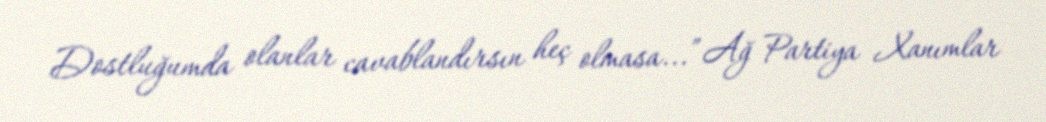
Dostluğumda olanlar cavablandırsın heç olmasa...” Ağ Partiya Xanımlar